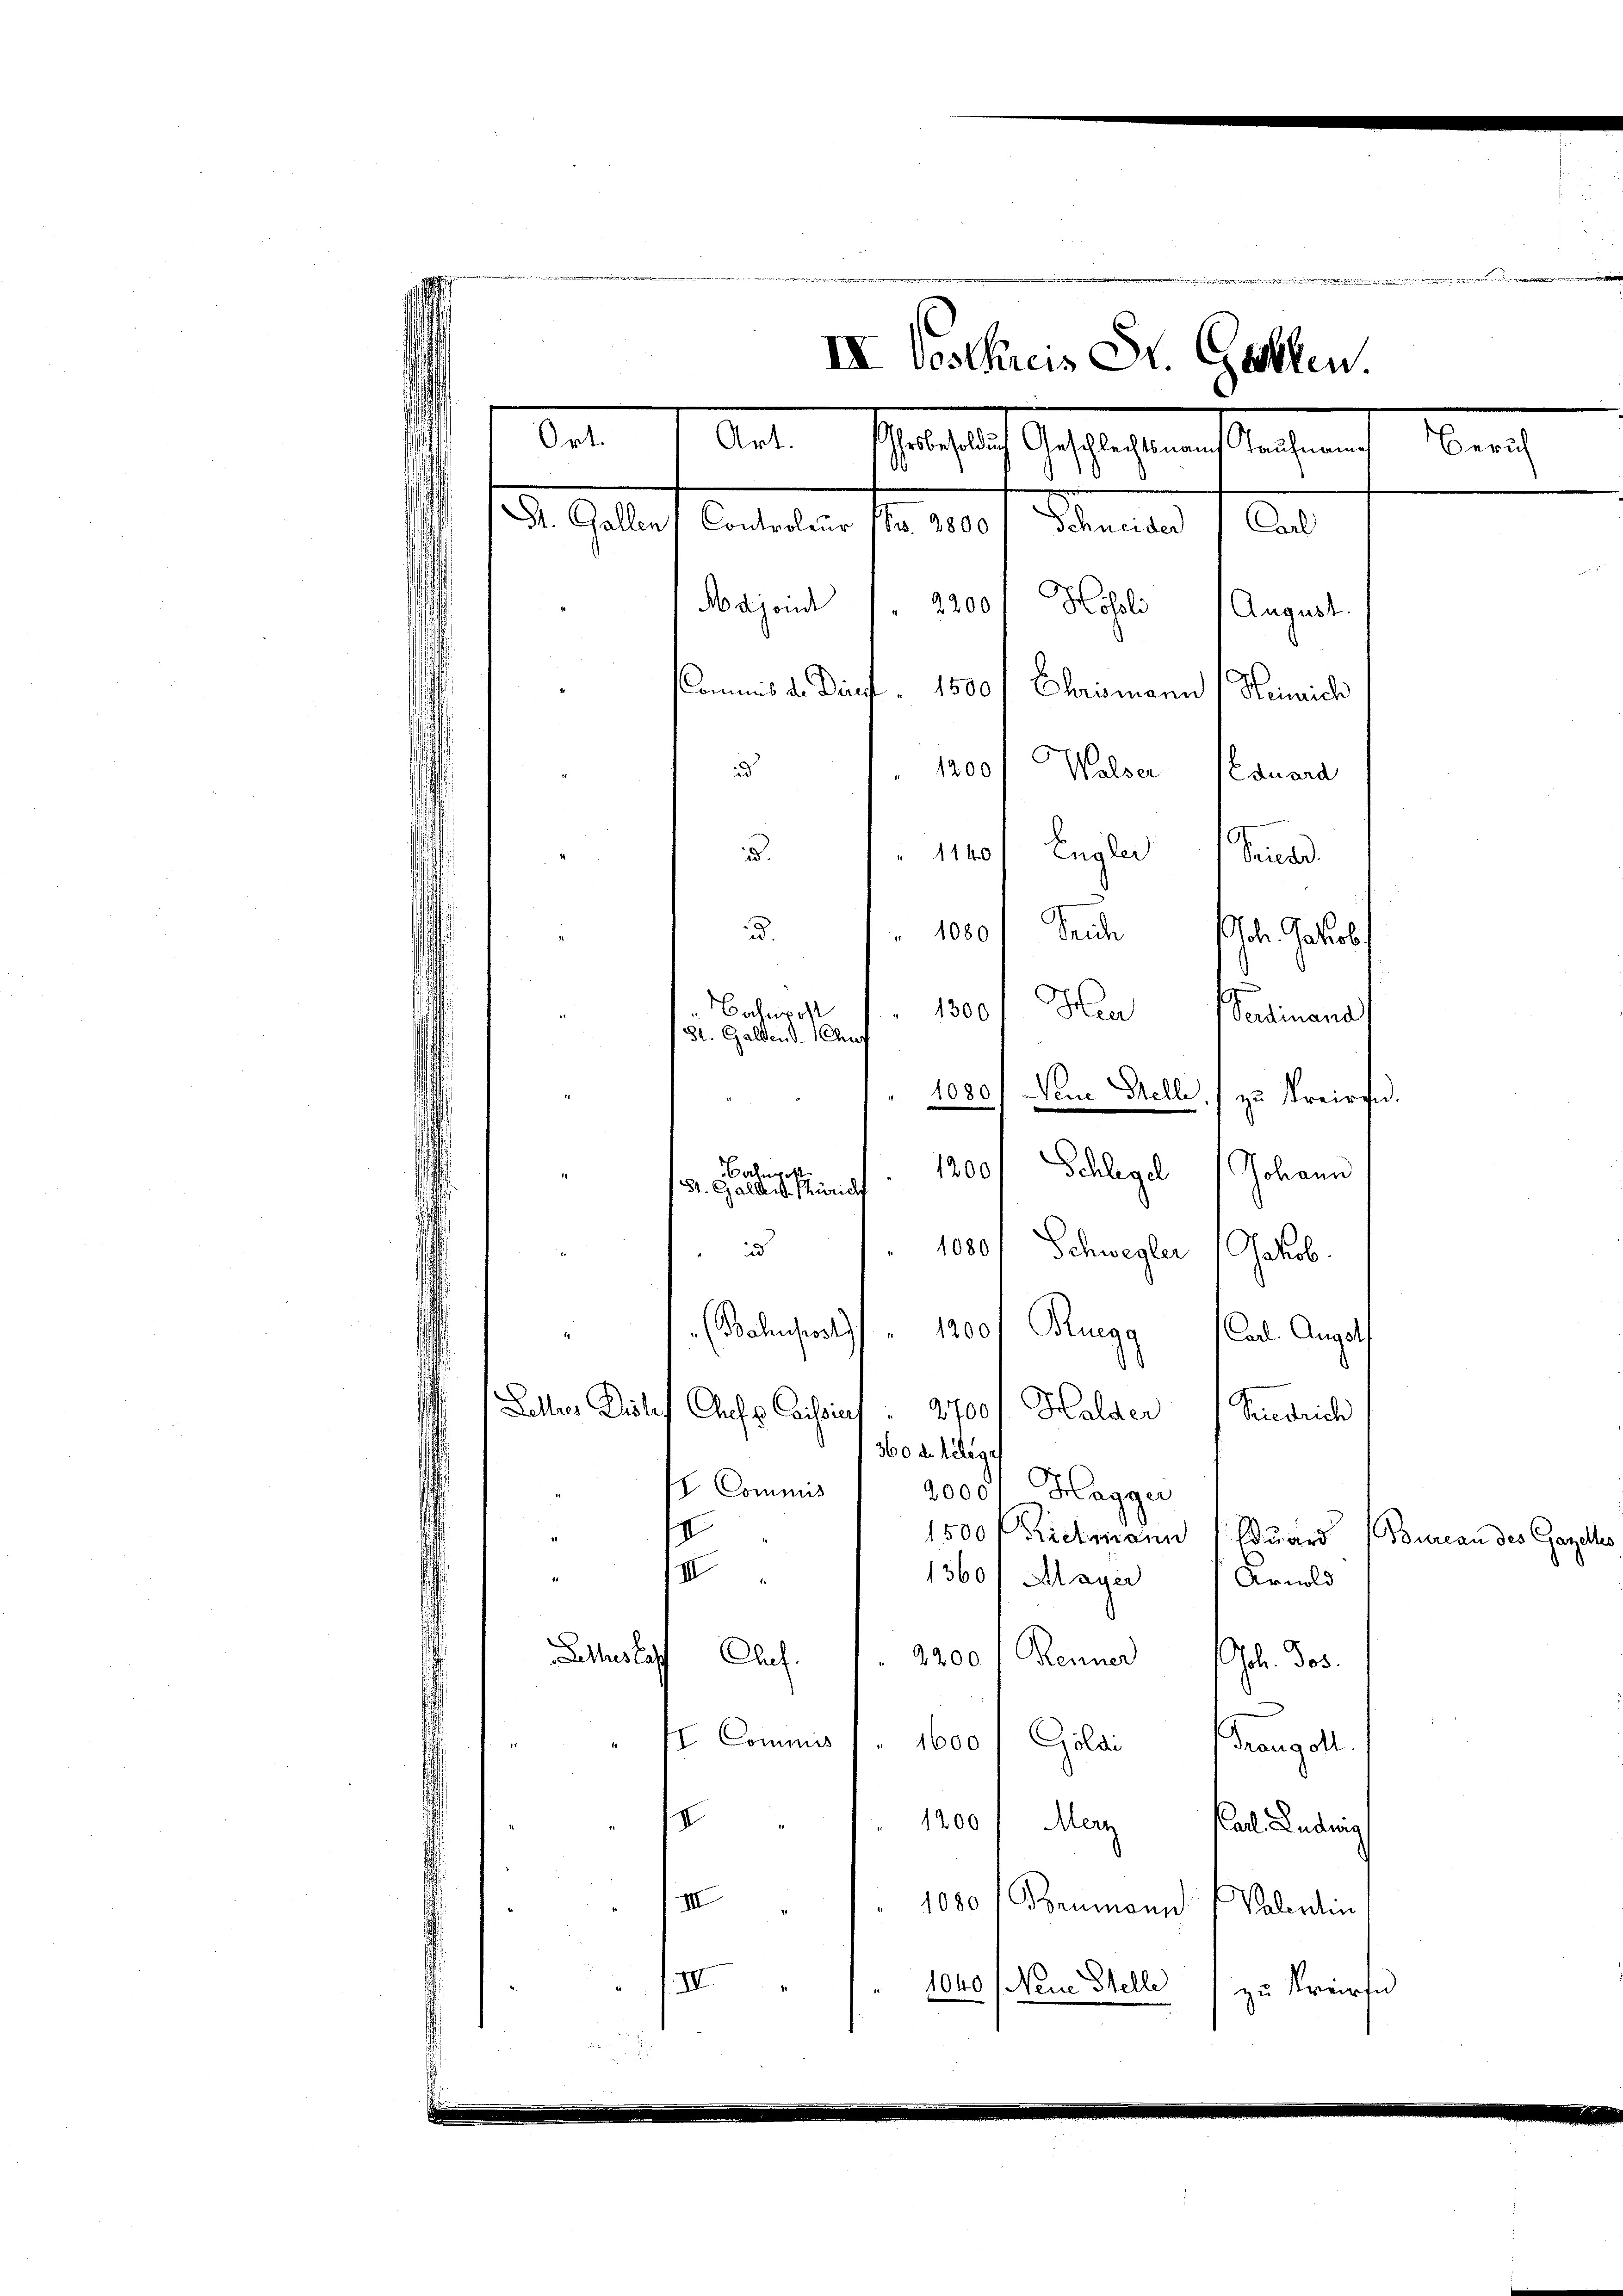
t
IV Voschreis St. Gallen.
br. 1. Art. Schatsach Geschlagenen langen
. Galle Constalten fr. 10. Januar 1820.
Majoid /" 2200 f Hösli 1 August.
sCommis d. Diez. 1500 f Chrismann (Remich
1200) Walser quara
d
51. 1140f Engler Seine
 1000f Sache. Jakob
.
Bochnrost
1300 Heer Pardinand
8t. Gallen. Chur

1020.) Dem Telle ./ zu Kreisen.
1200. Schlegel Johann
Bahnh
St. Gallen Pürich
 1. 1080. Schwegler Jakob.
(Bahnpost " 1200 Ruegg Carl. Augeth
Laller Zeile
Aufs Beisins 1700 f Halder
Riedrich
360 d. Gelege
 Commiss
2000. Hagger
I
1500 Kielmann Eduard (Bureau des Garde
III
1360/Alager
Arnold
Lethes la
Alas. 2200 l. Renner Joh. Jos.
II Commis / 1600 / Goldi Franzoll
.
1200 / Merz Carl. Ludwig
III
1080 (Beumann (Valentin
IVI
104
Nein Stelle zu kriefe

Bei